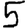
Digit: 5